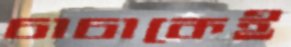
চাচাকেই